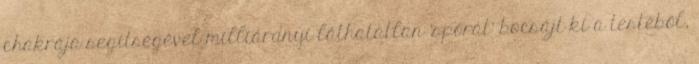
chakrája segítségével milliárdnyi láthatatlan 'spórát' bocsájt ki a testéből,